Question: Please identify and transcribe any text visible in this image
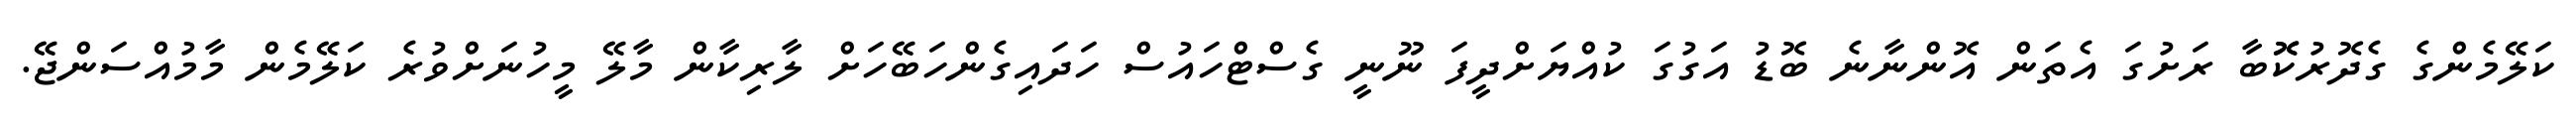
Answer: ކަލޭމެންގެ ގެދޮރުކޮޮބާ ރަށުގަ އެތަން އޮންނާނެ ބޮޑު އަގުގަ ކުއްޔަށްދީފަ ނޫނީ ގެސްޓްހައުސް ހަދައިގެންހަބޭހަށް ލާރިކާން މާލޭ މީހުނަށްވުރެ ކަލޭމެން މާމުއްސަންޖޭ.